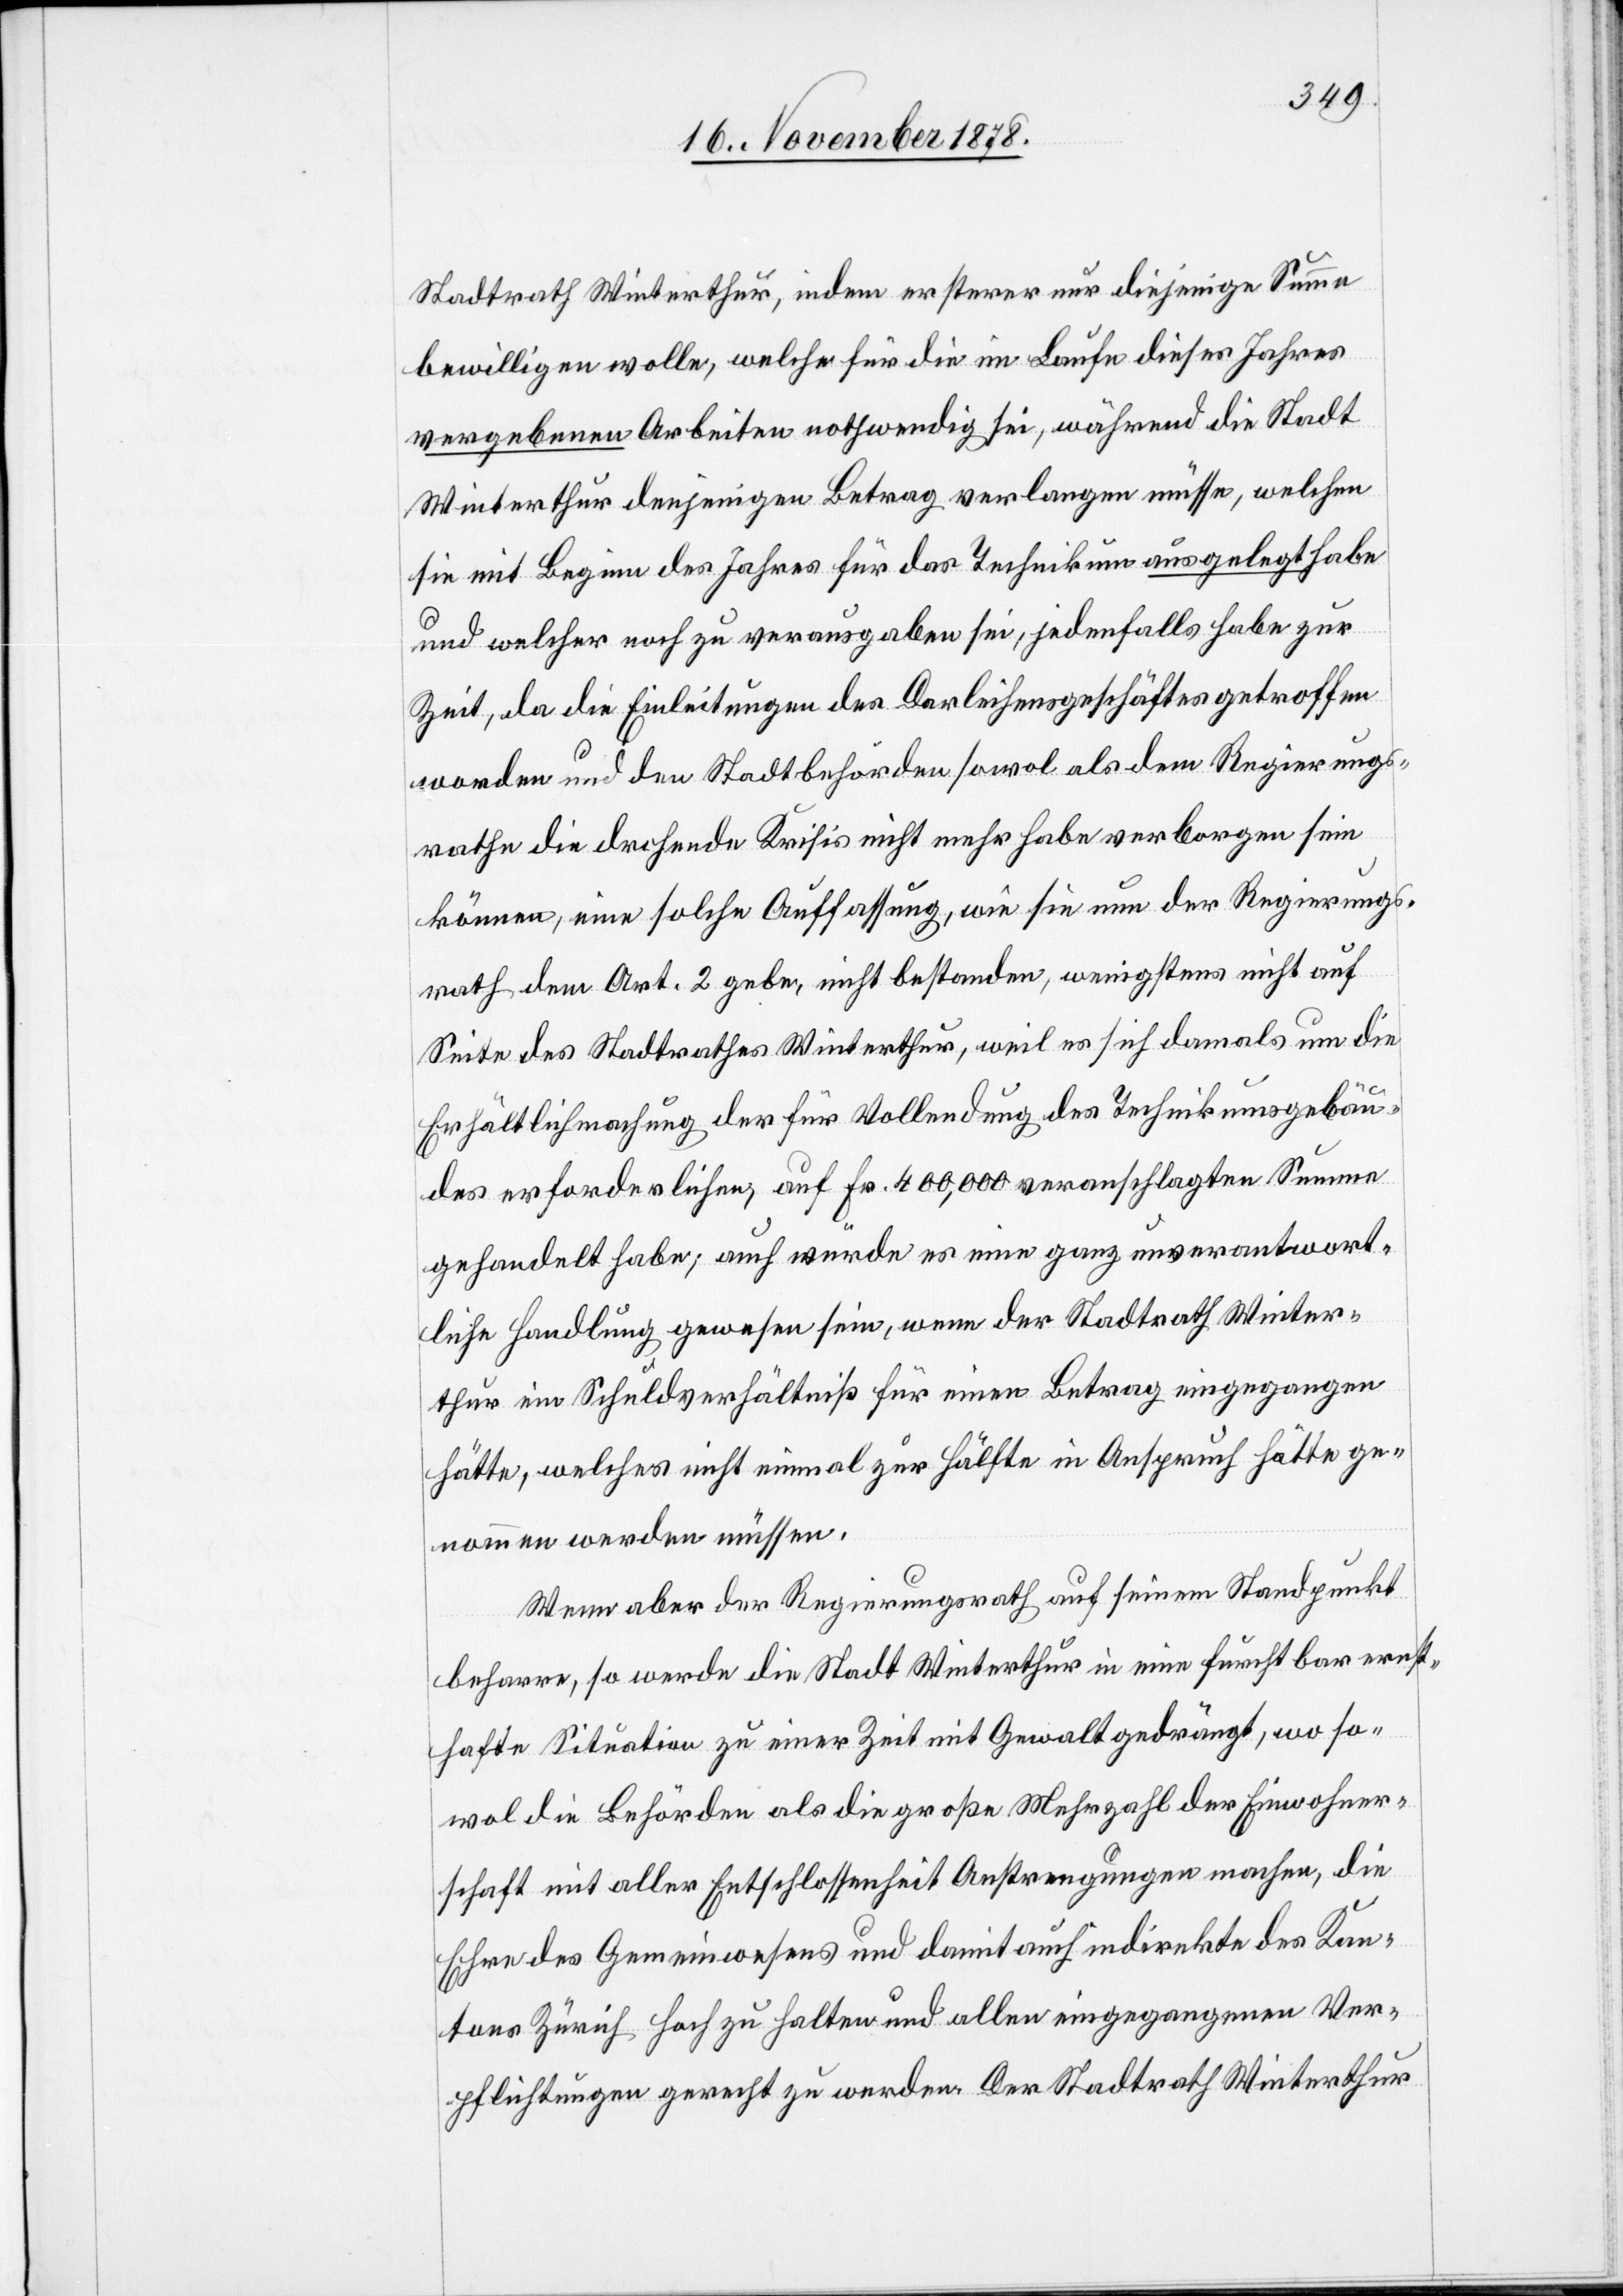
Stadtrath Winterthur, indem ersterer nur diejenige Summe
bewilligen wolle, welche für die im Laufe dieses Jahres
vergebenen Arbeiten nothwendig sei, während die Stadt
Winterthur denjenigen Betrag verlangen müsse, welchen
sie mit Beginn des Jahres für das Technikum ausgelegt habe
und welcher noch zu verausgaben sei, jedenfalls habe zur
Zeit, da die Einleitungen des Darleihensgeschäftes getroffen
worden und den Stadtbehörden sowol als dem Regierungs¬
rathe die drohende Krisis nicht mehr habe verborgen sein
können, eine solche Auffassung, wie sie nun der Regierungs¬
rath dem Art. 2 gebe, nicht bestanden, wenigstens nicht auf
Seite des Stadtrathes Winterthur, weil es sich damals um die
Erhältlichmachung der für Vollendung des Technikumsgebäudes
der erforderlichen, auf Fr. 400,000 veranschlagten Summe
gehandelt habe, auch würde es eine ganz unverantwort¬
liche Handlung gewesen sein, wenn der Stadtrath Winter¬
thur im Schuldverhältniß für einen Betrag eingegangen
hätte, welches nicht einmal zur Hälfte in Anspruch hätte ge¬
nommen werden müssen.
Wenn aber der Regierungsrath auf seinem Standpunkt
beharre, so werde die Stadt Winterthur in eine furchtbar ernst¬
hafte Situation zu einer Zeit mit Gewalt gedrängt, wo so¬
wol die Behörden als die große Mehrzahl der Einwohner¬
schaft mit aller Entschlossenheit Anstrengungen machen, die
Ehre des Gemeinwesens und damit auch indirekte des Kan¬
tons Zürich hoch zu halten und allen eingegangenen Ver¬
pflichtungen gerecht zu werden. Der Stadtrath Winterthur